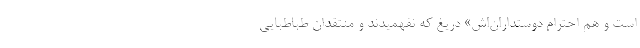
است و هم احترام دوستداران‌اش» دریغ که نفهمیدند و منتقدان طباطبایی